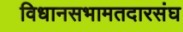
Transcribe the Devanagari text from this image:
विधानसभामतदारसंघ